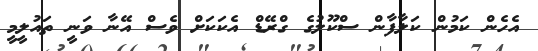
އެހެން ކަމުން ކަލާފާން ސްކޫލުގެ ގްރޭޑް އެކަކަށް ވެސް އޭނާ ވަނީ ތައުލީމީ